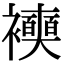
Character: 𧞲